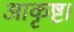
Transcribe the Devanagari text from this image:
आकृष्ट।